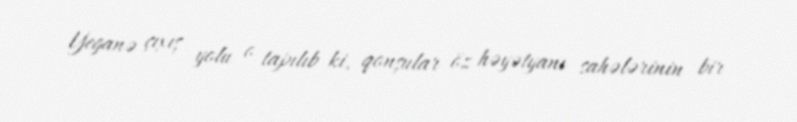
Yeganə çıxış yolu o tapılıb ki, qonşular öz həyətyanı sahələrinin bir